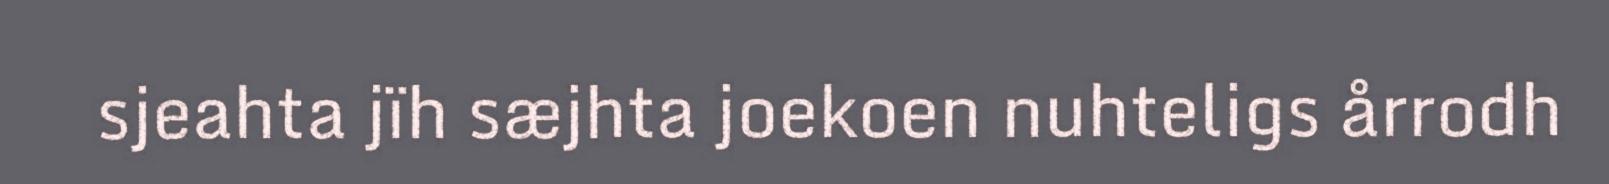
sjeahta jïh sæjhta joekoen nuhteligs årrodh